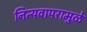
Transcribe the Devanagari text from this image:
नित्यवापरामुळे